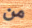
من